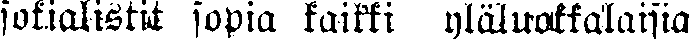
sosialistit sopia kaikki yläluokkalaisia